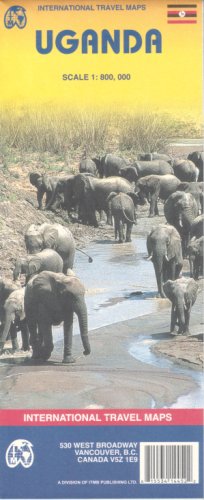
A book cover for Uganda 1:800,000 Travel Map 2007; ITM Canada; Travel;